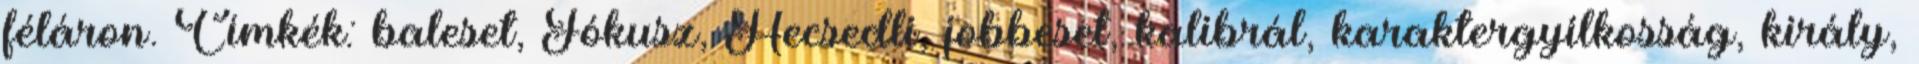
féláron. Címkék: baleset, Fókusz, Hecsedli, jobbeset, kalibrál, karaktergyilkosság, király,